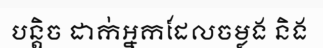
បន្តិច ដាក់អ្នកដែលចម្លង និង